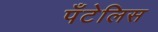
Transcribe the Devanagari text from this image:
पँटेलिस